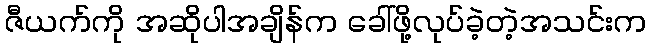
ဇီယက်ကို အဆိုပါအချိန်က ခေါ်ဖို့လုပ်ခဲ့တဲ့အသင်းက